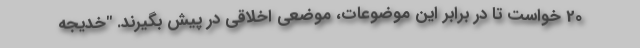
20 خواست تا در برابر این موضوعات، موضعی اخلاقی در پیش بگیرند. "خدیجه